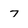
Character: 7